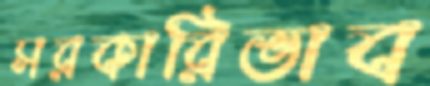
সরকারিভাব